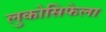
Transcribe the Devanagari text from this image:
लुकोसिफेला